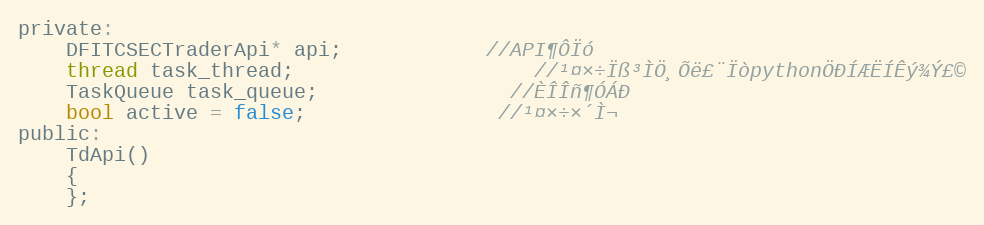
Language: C
private:
	DFITCSECTraderApi* api;            //API¶ÔÏó
	thread task_thread;                    //¹¤×÷Ïß³ÌÖ¸Õë£¨ÏòpythonÖÐÍÆËÍÊý¾Ý£©
	TaskQueue task_queue;                //ÈÎÎñ¶ÓÁÐ
	bool active = false;                //¹¤×÷×´Ì¬
public:
	TdApi()
	{
	};